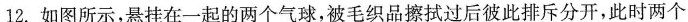
12.如图所示，悬挂在一起的两个气球，被毛织品擦拭过后彼此排斥分开，此时两个